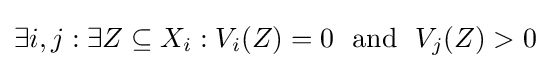
\exists {i,j}:\exists Z\subseteq X_{i}:V_{i}(Z)=0~~{\text{and}}~~V_{j}(Z)>0